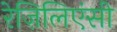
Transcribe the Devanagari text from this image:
रेज़िलिएंसी